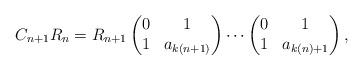
LaTeX: \begin{align*} C_{n+1}R_n=R_{n+1}\begin{pmatrix}0&1\\1&a_{k(n+1)}\end{pmatrix} \cdots\begin{pmatrix}0&1\\1&a_{k(n)+1}\end{pmatrix},\end{align*}